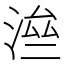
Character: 㴉